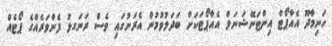
ހަނިމާދޫ އެއާޕޯޓް އިންޓަނޭޝަނަލް އެއާޕޯޓަކަށް ބަދަލުވުމުން އެރަށުގައި ވެސް ރަނަގޅު ފެންވަރެއްގެ ޕޯޓެއް